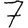
Digit: 7